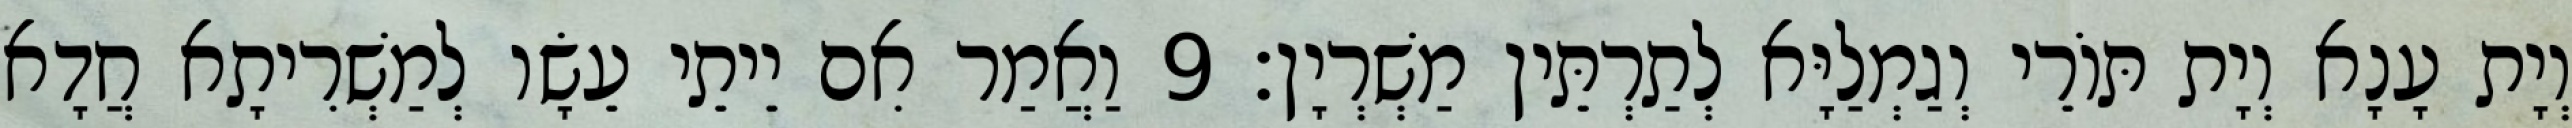
וְיָת עָנָא וְיָת תּוֹרֵי וְגַמְלַיָּא לְתַרְתֵּין מַשְׁרְיָן׃ 9 וַאֲמַר אִם יֵיתֵי עֵשָׂו לְמַשְׁרִיתָא חֲדָא